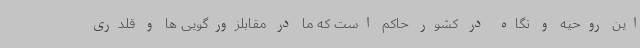
این روحیه و نگاه در کشور حاکم است که ما در مقابلزورگویی ها و قلدری